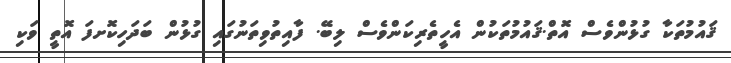
ޤައުމުތަކާ ގުޅުންވެސް އޮތް.ޤައުމުތަކުން އެހީތެރިކަންވެސް ލިބޭ. ފާއިތުވިތަނުގައި ގުޅުން ބަދަހިކޮށފަ އޮތީ ވަކި